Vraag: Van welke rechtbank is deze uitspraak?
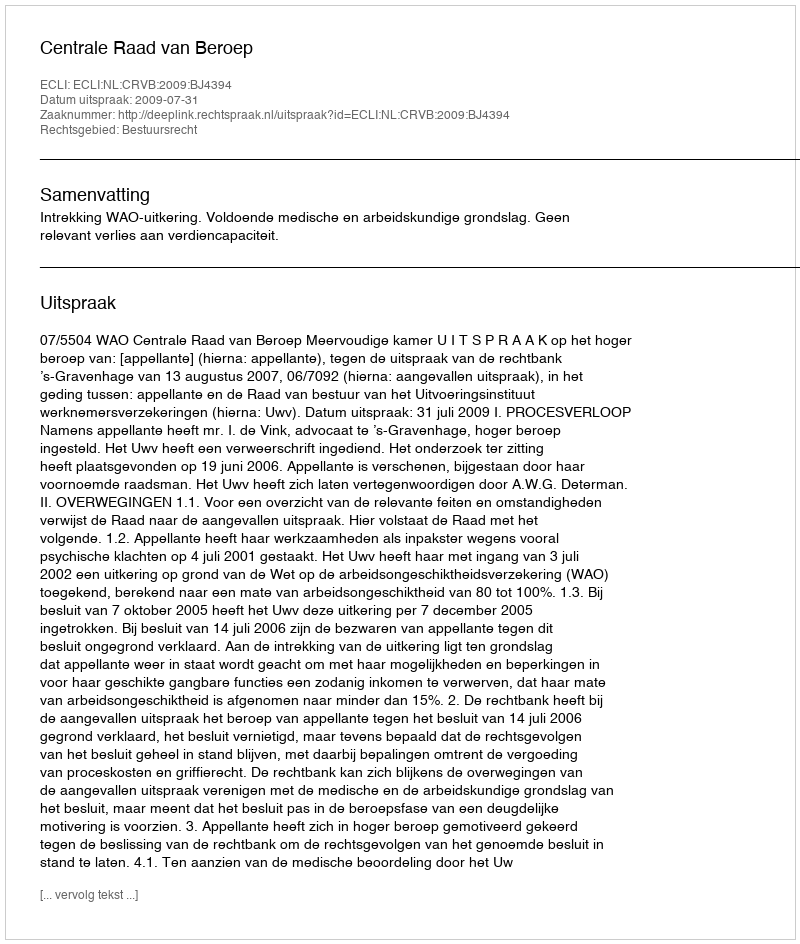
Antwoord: Centrale Raad van Beroep